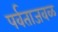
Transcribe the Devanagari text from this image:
पर्वताजवळ